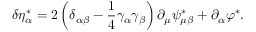
\delta \eta _ { \alpha } ^ { * } = 2 \left( \delta _ { \alpha \beta } - \frac 1 4 \gamma _ { \alpha } \gamma _ { \beta } \right) \partial _ { \mu } \psi _ { \mu \beta } ^ { * } + \partial _ { \alpha } \varphi ^ { * } .